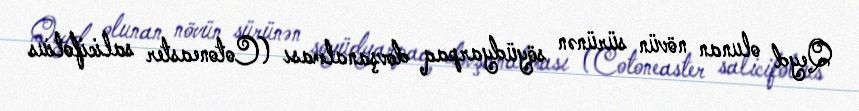
Qeyd olunan növün sürünən söyüdyarpaq dovşanalması (Cotoneaster salicifolius